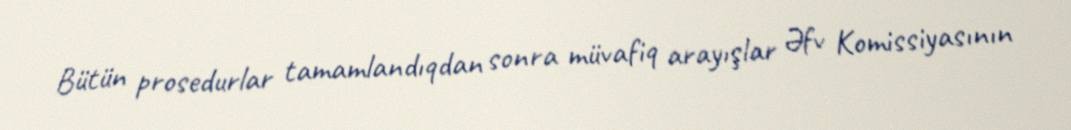
Bütün prosedurlar tamamlandıqdan sonra müvafiq arayışlar Əfv Komissiyasının